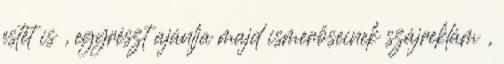
estét is , egyrészt ajánlja majd ismerőseinek szájreklám ,